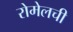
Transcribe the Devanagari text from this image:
रोमेलची